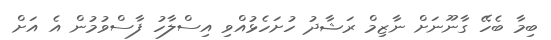
ބިމާ ބެހޭ ގާނޫނަށް ނާޒިމް ރަޝާދު ހުށަހެޅުއްވި އިސްލާހު ފާސްވުމުން އެ އަށް